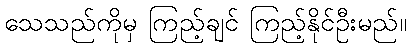
သေသည်ကိုမှ ကြည့်ချင် ကြည့်နိုင်ဦးမည်။